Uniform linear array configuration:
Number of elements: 12
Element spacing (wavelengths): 1
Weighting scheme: hann
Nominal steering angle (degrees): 0
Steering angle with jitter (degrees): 0.676
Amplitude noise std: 0.05
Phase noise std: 0.05

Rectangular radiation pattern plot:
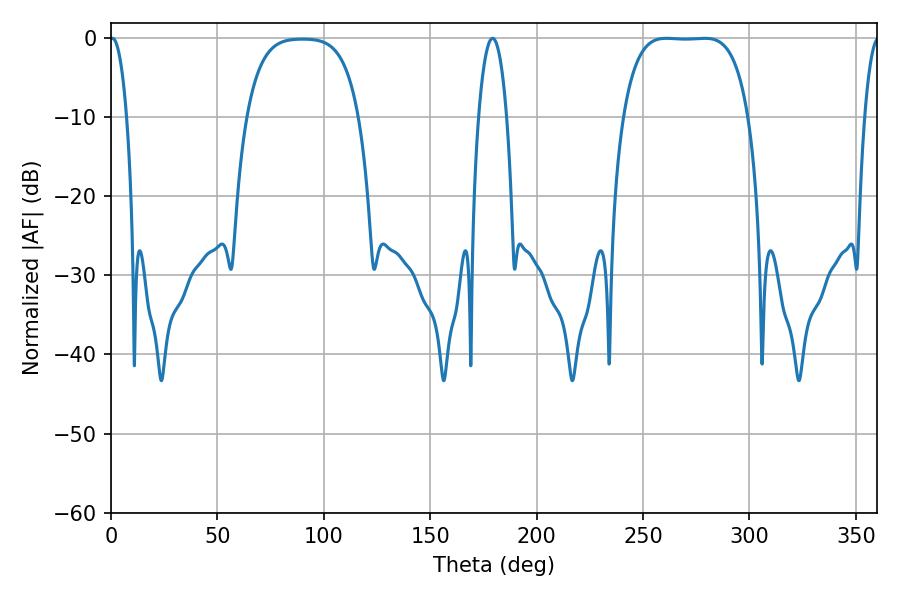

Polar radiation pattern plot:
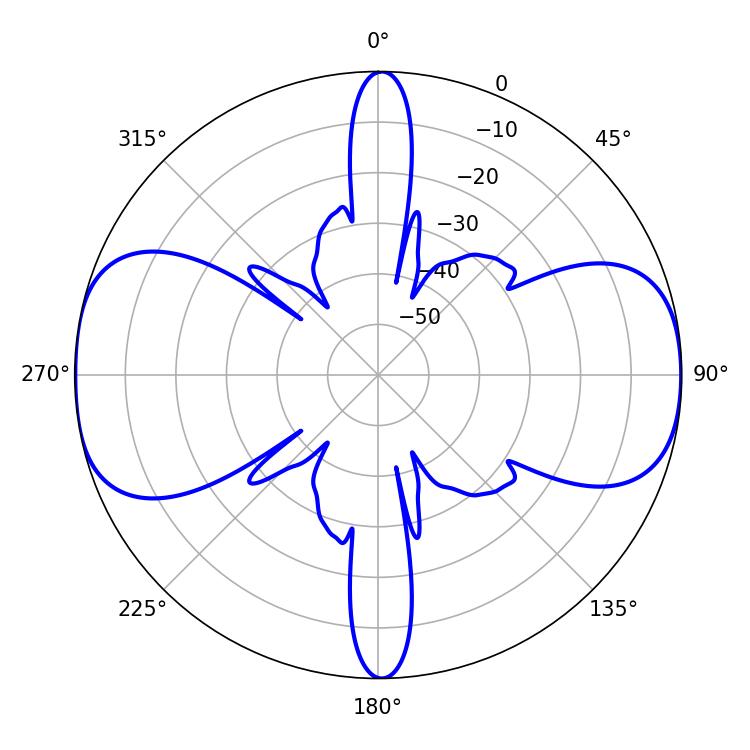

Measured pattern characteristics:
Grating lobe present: TRUE
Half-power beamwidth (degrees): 45.36
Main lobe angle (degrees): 261